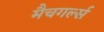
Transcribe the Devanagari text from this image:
मैचगर्ल्स